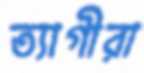
ত্যাগীরা